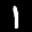
Label: 1